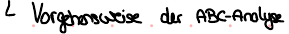
Vorgehensweise der ABC-Analyse